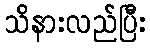
သိနားလည်ပြီး